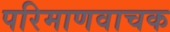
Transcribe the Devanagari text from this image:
परिमाणवाचक